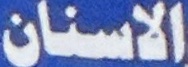
الاسنان